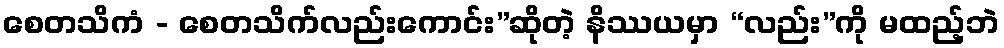
စေတသိကံ - စေတသိက်လည်းကောင်း”ဆိုတဲ့ နိဿယမှာ “လည်း”ကို မထည့်ဘဲ